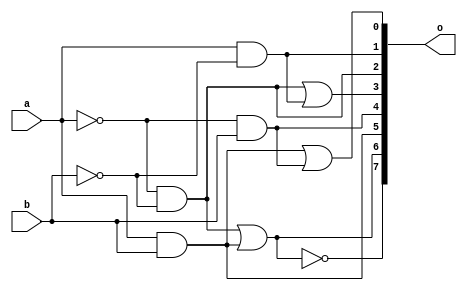
`timescale 1ns / 1ps
//////////////////////////////////////////////////////////////////////////////////
// Company: 
// Engineer: 
// 
// Design Name: 
// Module Name:    combi_logic 
// Project Name: 
// Target Devices: 
// Tool versions: 
// Description: 
//
// Dependencies: 
//
// Revision: 
// Revision 0.01 - File Created
// Additional Comments: 
//
//////////////////////////////////////////////////////////////////////////////////
module combi_logic(o, a, b);
	input a, b;
	output [7:0]o;
	wire w1, w2, w3, w4, w5, w6;	
	not not1(w1, a);
	not not2(w2, b);	
	and and1(w3, w1, w2);
	and and2(w4, a, w2);
	and and3(w5, a, b);
	and and4(w6, w1, b);	
	or or1(o[0], w5, w6);
	buf buf1(o[1], w4);
	buf buf2(o[2], w3);
	or or2(o[3], w3, w4);
	buf buf3(o[4], w6);
	buf buf4(o[5], w5);
	or or3(o[6], w3, w5);
	nor nor1(o[7], w3, w5);
endmodule